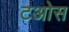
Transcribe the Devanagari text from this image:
टओस